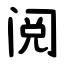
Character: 阅